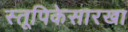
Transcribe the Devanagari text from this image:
स्तूपिकेसारखा